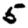
Digit: 5